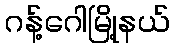
ဂန့်ဂေါမြို့နယ်